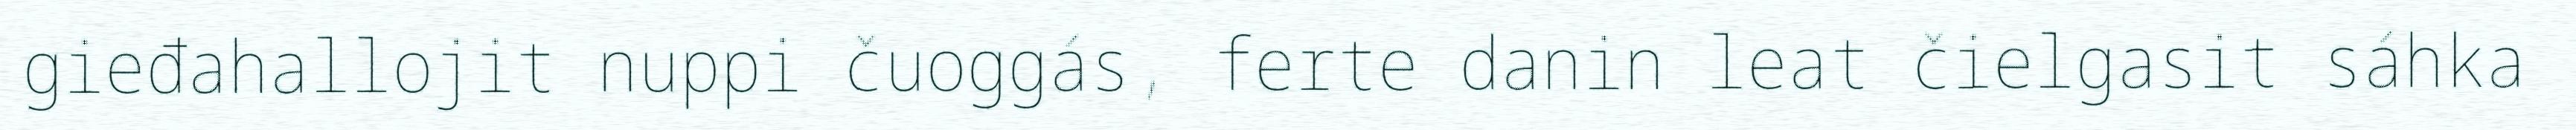
gieđahallojit nuppi čuoggás, ferte danin leat čielgasit sáhka